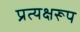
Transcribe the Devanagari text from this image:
प्रत्यक्षरूप